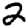
Digit: 2